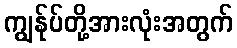
ကျွန်ုပ်တို့အားလုံးအတွက်